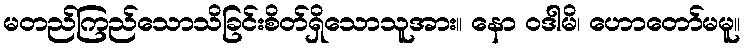
မတည်ကြည်သောသိခြင်းစိတ်ရှိသောသူအား။ နော ဝဒါမိ၊ ဟောတော်မမူ။